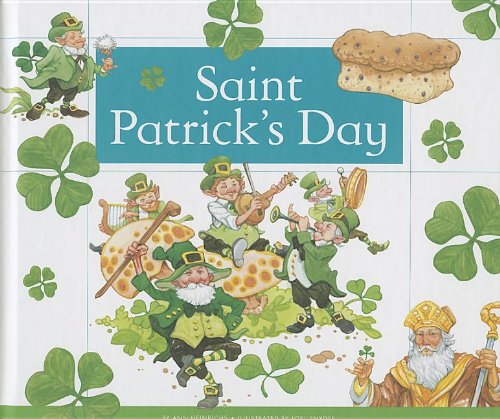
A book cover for Saint Patrick's Day (Holidays and Celebrations); Ann Heinrichs; Children's Books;